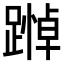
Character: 𨄵